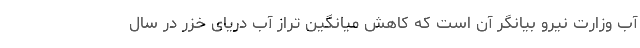
آب وزارت نیرو بیانگر آن است که کاهش میانگین تراز آب دریای خزر در سال